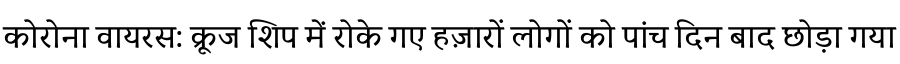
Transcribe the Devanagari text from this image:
कोरोना वायरस: क्रूज शिप में रोके गए हज़ारों लोगों को पांच दिन बाद छोड़ा गया